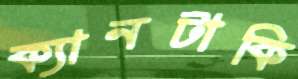
ক্যানটাকি